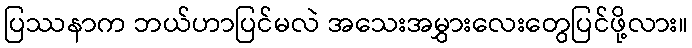
ပြဿနာက ဘယ်ဟာပြင်မလဲ အသေးအမွှားလေးတွေပြင်ဖို့လား။